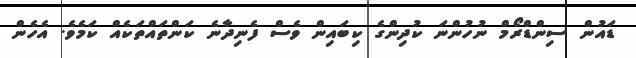
ޑައުން ސިންޑްރޯމް ނުހުންނަ ކުދިންގެ ކިބައިން ވެސް ފެނިދާނެ ކަންތައްތަކެއް ކަމެވެ. އެހެން